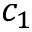
c _ { 1 }